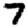
Digit: 7